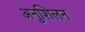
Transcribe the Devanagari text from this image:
अनुशिलन